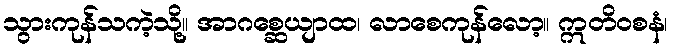
သွားကုန်သကဲ့သို့။ အာဂစ္ဆေယျာထ၊ လာစေကုန်လော့။ ဣတိဝစနံ၊